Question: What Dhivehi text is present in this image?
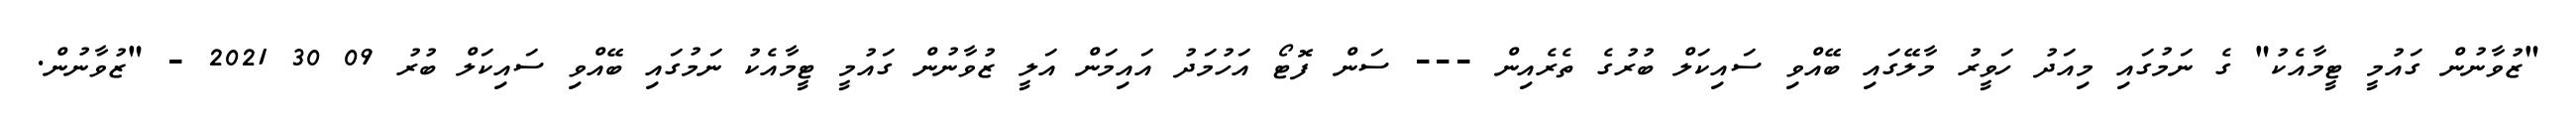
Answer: "ޒުވާނުން ގައުމީ ޓީމާއެކު" ގެ ނަމުގައި މިއަދު ހަވީރު މާލޭގައި ބޭއްވި ސައިކަލް ބުރުގެ ތެރެއިން --- ސަން ފޮޓޯ އަހުމަދު އައިމަން އަލީ ޒުވާނުން ގައުމީ ޓީމާއެކު ނަމުގައި ބޭއްވި ސައިކަލް ބުރު 09 30 2021 - "ޒުވާނުން.